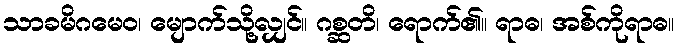
သာခမိဂမေဝ၊ မျောက်သို့လျှင်။ ဂစ္ဆတိ၊ ရောက်၏။ ရာဓ၊ အစ်ကိုရာဓ။